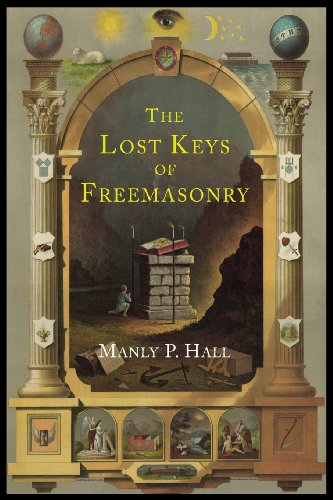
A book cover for The Lost Keys of Freemasonry: The Legend of Hiram Abiff; Manly P. Hall; Religion & Spirituality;